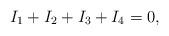
LaTeX: \begin{align*} I_1+ I_2+I_3+I_4 = 0,\end{align*}